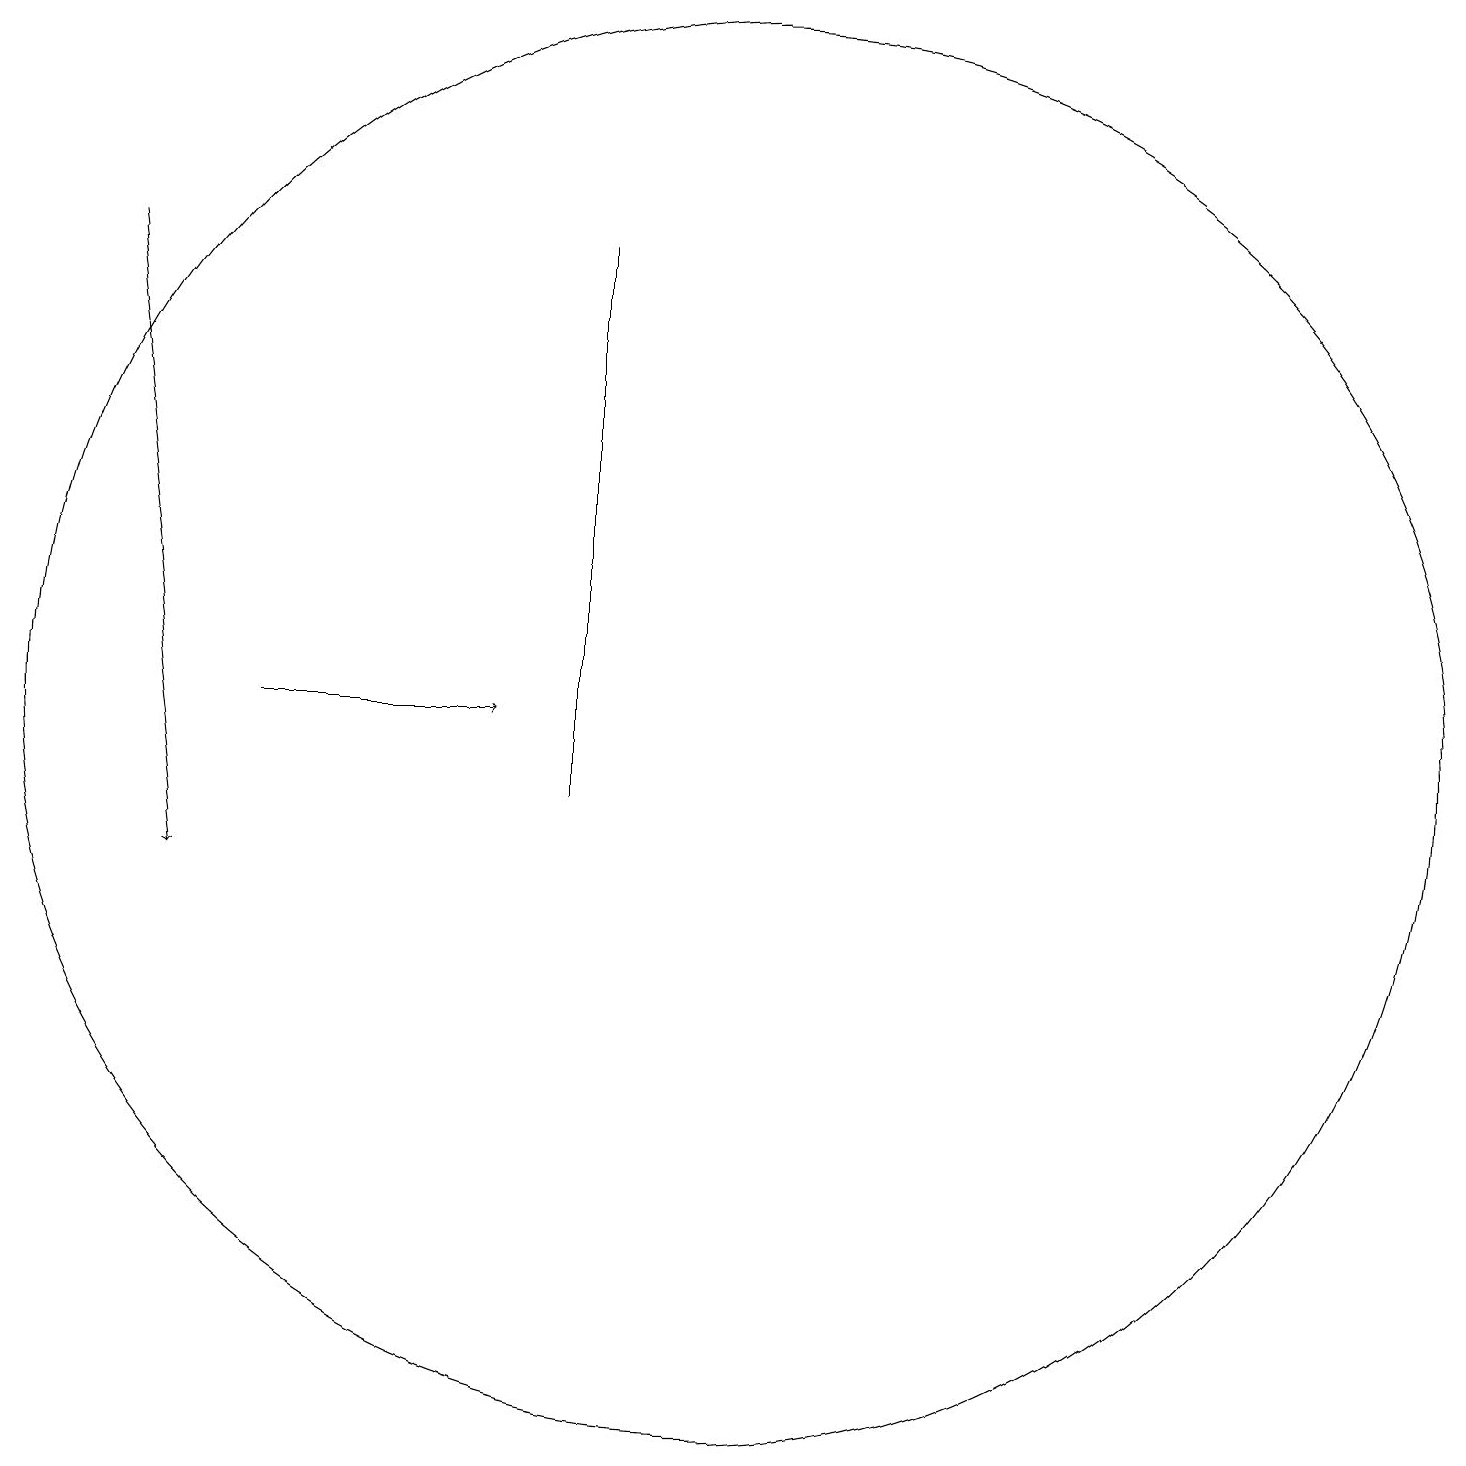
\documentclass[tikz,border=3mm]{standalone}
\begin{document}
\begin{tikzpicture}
\draw[->] (2,18) -- (3,10);
\draw[->] (4,12) -- (7,12);
\draw (8,18) rectangle (8,11);
\draw (10,12) circle (9);
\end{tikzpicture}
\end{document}